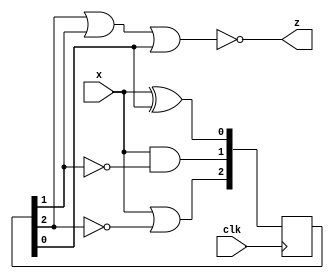
module top_module (
    input clk,
    input x,
    output z
); 
    reg [2:0] flip=3'b0;
    assign z=~(flip[2]|flip[1]|flip[0]);
    always@(posedge clk)begin
        flip[0]<=x^flip[0];
        flip[1]<=x&(~flip[1]);
        flip[2]<=x|(~flip[2]);
    end
endmodule